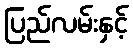
ပြည်လမ်းနှင့်